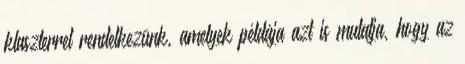
klaszterrel rendelkezünk, amelyek példája azt is mutatja, hogy az